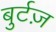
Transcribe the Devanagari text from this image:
बुर्टज़